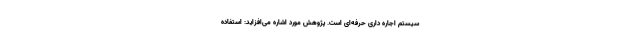
سیستم اجاره داری حرفه‌ای است. پژوهش مورد اشاره می‌افزاید: استفاده